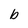
Character: b